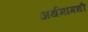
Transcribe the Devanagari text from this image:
अर्थमागधी